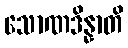
သောဏဒိန္နာတိ